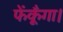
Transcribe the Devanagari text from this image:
फेंकूँगा।